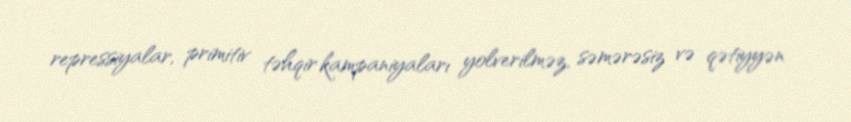
repressiyalar, primitiv təhqir kampaniyaları yolverilməz, səmərəsiz və qətiyyən